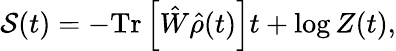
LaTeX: \mathcal{S}(t)=-\mathrm{Tr}\left[\hat{W}\hat{\rho}(t)\right]t+\log Z(t),